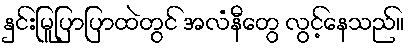
နှင်းမြူပြာပြာထဲတွင် အလံနီတွေ လွင့်နေသည်။